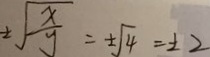
\pm \sqrt { \frac { x } { y } } = \pm \sqrt { 4 } = \pm 2